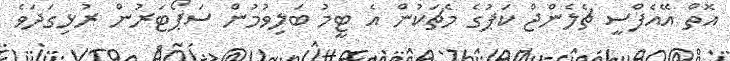
އޮތް އޭއެފްސީ ޗެލެންޖް ކަޕުގެ މެޗަކުން އެ ޓީމު ބަލިވުމުން ސަޕޯޓަރުން ރުޅިގަދަވެ